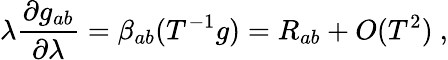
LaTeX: \lambda{\frac{\partial g_{ab}}{\partial\lambda}}=\beta_{ab}(T^{-1}g)=R_{ab}+O(T^{2})~,